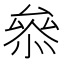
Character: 叅